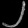
Digit: ၂